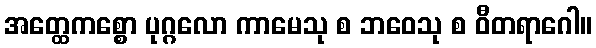
အတ္ထေကစ္စော ပုဂ္ဂလော ကာမေသု စ ဘဝေသု စ ဝီတရာဂေါ။